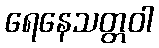
ရေနေသတ္တဝါ